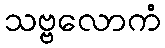
သဗ္ဗလောကံ